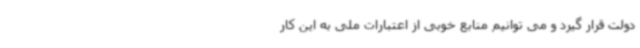
دولت قرار گیرد و می توانیم منابع خوبی از اعتبارات ملی به این کار